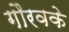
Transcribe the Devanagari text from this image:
गौरवके